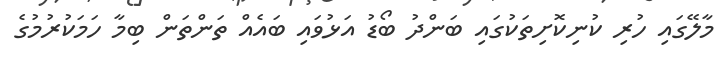
މާލޭގައި ހުރި ކުނިކޮށިތަކުގައި ބަންދު ބޯޑު އަޅުވައި ބައެއް ތަންތަން ބިމާ ހަމަކުރުމުގެ